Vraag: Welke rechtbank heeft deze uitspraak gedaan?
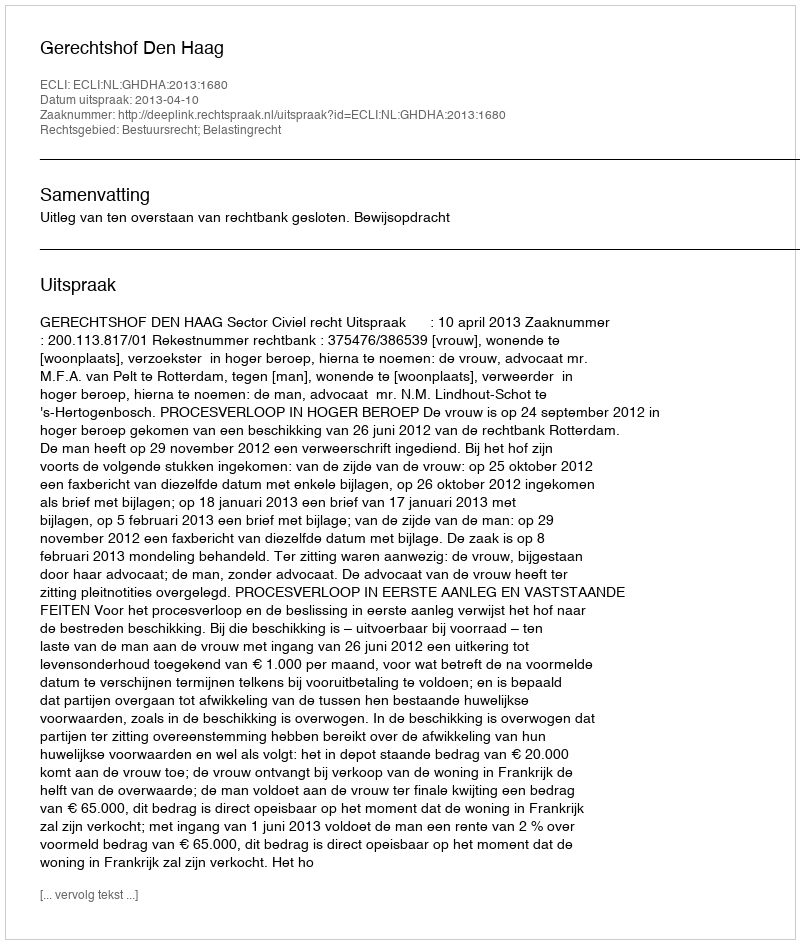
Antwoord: Gerechtshof Den Haag